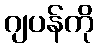
ဂျပန်ကို